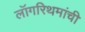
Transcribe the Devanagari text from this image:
लॉगरिथमांची